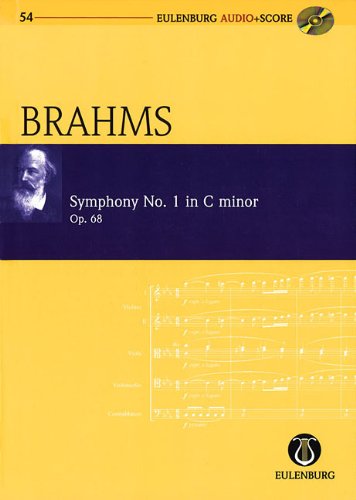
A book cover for SYMPHONY NO. 1 IN C MINOR    OP. 68 STUDY SCORE WITH CD (Eulenburg Audio+Score Series); Humor & Entertainment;